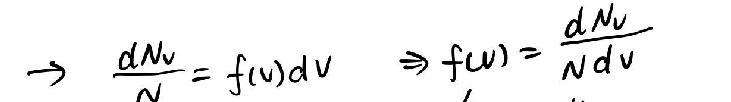
\[ \rightarrow \frac{dN_v}{N} = f(v)dv \quad \Rightarrow f(v)=\frac{dN_v}{Ndv} \]